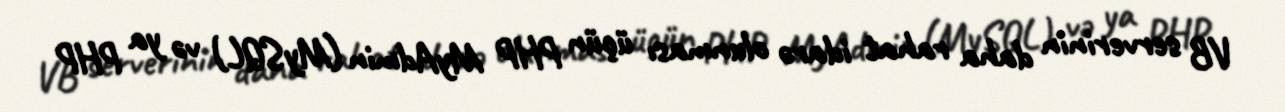
VB serverinin daha rahat idarə olunması üçün PHP MyAdmin (MySQL) və ya PHP